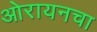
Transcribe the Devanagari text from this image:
ओरायनचा